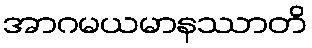
အာဂမယမာနဿာတိ